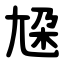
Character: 尮